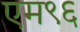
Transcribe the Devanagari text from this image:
एम९६